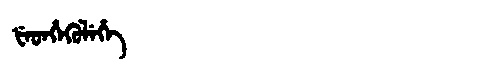
Manchu: ᡶᡝᡨᡥᡝᡴᡠᠯᡝᡥᡝ
Romanization: FETHEKULEHE